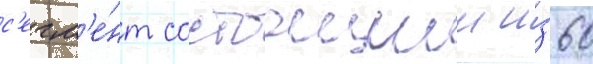
с'егм'е́нт состоащии и́з 60